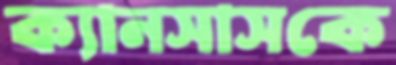
ক্যানসাসকে